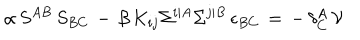
\alpha \, S ^ { A B } \, S _ { B C } \, - \, \beta \, K _ { i j } \Sigma ^ { i \vert A } \Sigma ^ { j \vert B } \, \epsilon _ { B C } \, = \, - \, \delta _ { C } ^ { A } \, \mathcal { V }